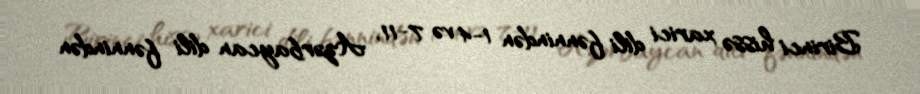
Birinci hissə xarici dili fənnindən 1-4 və 7-11, Azərbaycan dili fənnindən